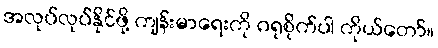
အလုပ်လုပ်နိုင်ဖို့ ကျန်းမာရေးကို ဂရုစိုက်ပါ ကိုယ်တော်။